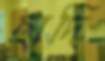
ছাদি